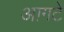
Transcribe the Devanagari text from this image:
आगटे